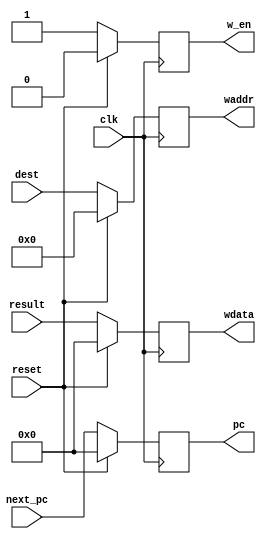
`timescale 1 ns / 1 ps

module write_back #(
	parameter [31:0] STACK_ADDR = 0
) (
	input clk,
	input reset,

	input [31:0] result,
	input [4:0] dest,
	input [31:0] next_pc,

	output reg [31:0] pc,

	output reg w_en,
	output reg [31:0] wdata,
	output reg [4:0] waddr
);

	always @(posedge clk) begin
		if (reset) begin
			pc <= STACK_ADDR;
			w_en <= 0;
			wdata <= 0;
			waddr <= 0;
		end else begin
			w_en <= 1'b1;
			wdata <= result;
			waddr <= dest;
			pc <= next_pc;
		end
	end

endmodule